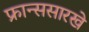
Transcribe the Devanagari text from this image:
फ्रान्ससारखे